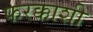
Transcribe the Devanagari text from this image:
फरक्काशी